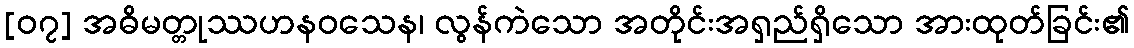
[၀၇] အဓိမတ္တုဿဟနဝသေန၊ လွန်ကဲသော အတိုင်းအရှည်ရှိသော အားထုတ်ခြင်း၏